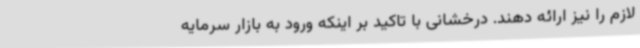
لازم را نیز ارائه دهند. درخشانی با تاکید بر اینکه ورود به بازار سرمایه